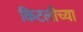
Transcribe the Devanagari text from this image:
किटलीच्या